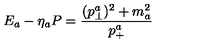
E _ { a } - \eta _ { a } P = { \frac { ( p _ { \perp } ^ { a } ) ^ { 2 } + m _ { a } ^ { 2 } } { p _ { + } ^ { a } } }